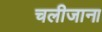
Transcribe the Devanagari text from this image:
चलीजाना